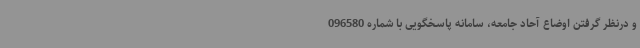
و درنظر گرفتن اوضاع آحاد جامعه، سامانه‌ پاسخگویی با شماره 096580